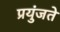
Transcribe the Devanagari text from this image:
प्रयुंजते